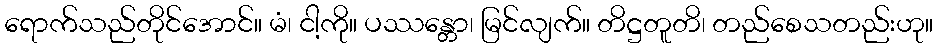
ရောက်သည်တိုင်အောင်။ မံ၊ ငါ့ကို။ ပဿန္တော၊ မြင်လျက်။ တိဋ္ဌတူတိ၊ တည်စေသတည်းဟု။